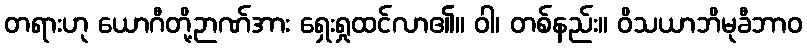
တရားဟု ယောဂီတို့ဉာဏ်အား ရှေးရှုထင်လာ၏။ ဝါ၊ တစ်နည်း။ ဝိသယာဘိမုခီဘာဝ